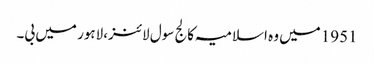
1951میں وہ اسلامیہ کالج سول لائنز،لاہور میں بی۔